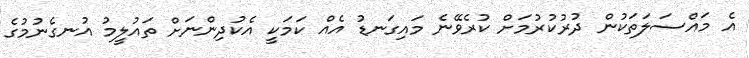
އެ މައްސަލަތަކުން ދުރުކުރުމަށް ކުރެވޭނެ މައިގަނޑު އެއް ކަމަކީ އެކުދިންނަށް ތައުލީމު އުނގެނުމުގެ